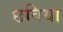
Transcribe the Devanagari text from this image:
छविया